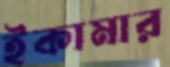
ইকামার